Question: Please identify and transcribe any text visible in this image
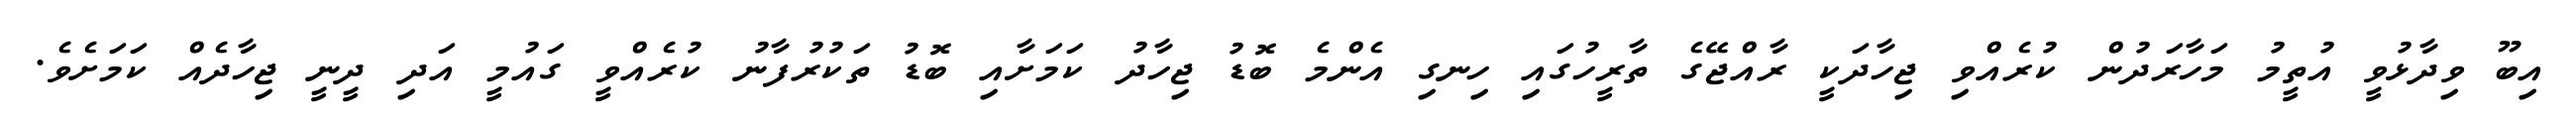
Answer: އިބޫ ވިދާޅުވީ އުތީމު މަހާރަދުން ކުރެއްވި ޖިހާދަކީ ރާއްޖޭގެ ތާރީހުގައި ހިނގި އެންމެ ބޮޑު ޖިހާދު ކަމަށާއި ބޮޑު ތަކުރުފާނު ކުރެއްވީ ގައުމީ އަދި ދީނީ ޖިހާދެއް ކަމަށެވެ.